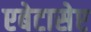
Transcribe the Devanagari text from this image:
एबेटासेप्ट